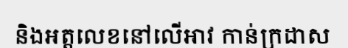
និងអត្តលេខនៅលើអាវ កាន់ក្រដាស